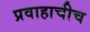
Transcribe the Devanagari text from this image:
प्रवाहाचीच